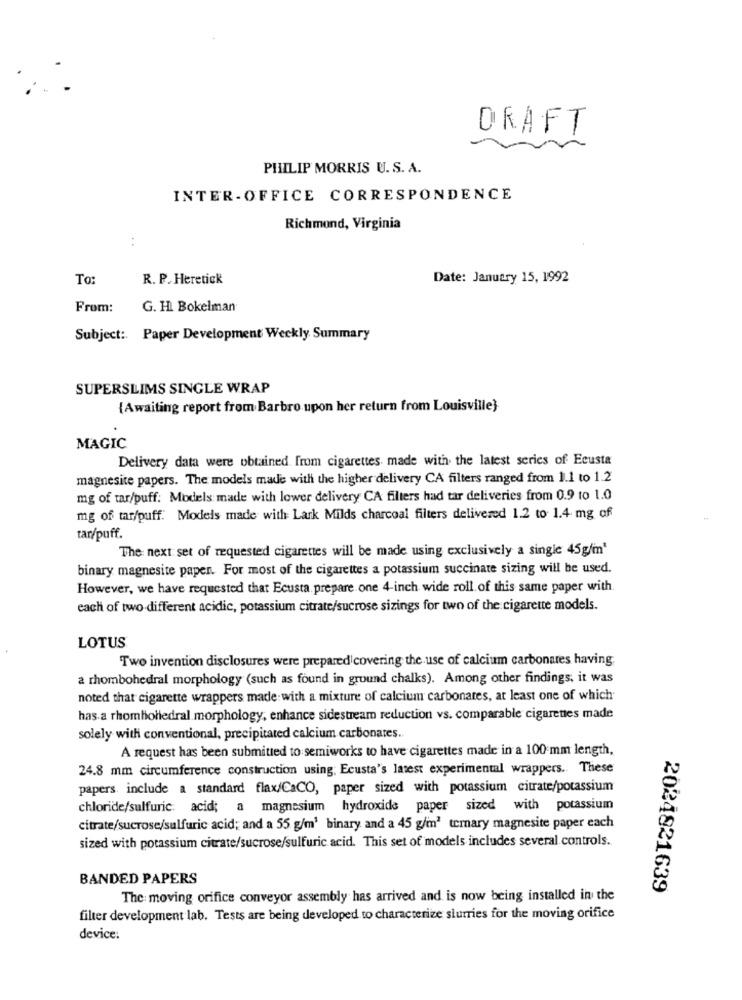
DRAFT
PHILIP MORRIS U. S. A.
INTER- OFFICE CORRESPONDENCE
Richmond, Virginia
To:
R. P. Heretick
Date: January 15, 1992
From:
G. H. Bokelman
Subject :. Paper Development Weekly Summary
SUPERSLIMS SINGLE WRAP
{Awaiting report from Barbro upon her return from Louisville}
MAGIC
Delivery data were obtained from cigarettes made with the latest series of Ecusta
magnesite papers. The models made with the higher delivery CA filters ranged from 1.1 to 1.2
mg of tar/puff: Models made with lower delivery CA filters had tar deliveries from 0.9 to 1.0
mg of tar/puff. Models made with Lark Milds charcoal filters delivered 1.2 to 1.4 mg of
tar/puff.
The next set of requested cigarettes will be made using exclusively a single 45g/m'
binary magnesite paper. For most of the cigarettes a potassium succinate sizing will be used.
However, we have requested that Ecusta. prepare one 4-inch wide roll of this same paper with.
each of two different acidic, potassium citrate/sucrose sizings for two of the cigarette models.
LOTUS
Two invention disclosures were prepared covering the use of calcium carbonates having
a rhombohedral morphology (such as found in ground chalks). Among other findings, it was
noted that cigarette wrappers made with a mixture of calcium carbonates, at least one of which
has a rhombohedral morphology, enhance sidestream reduction vs. comparable cigarettes made
solely with conventional, precipitated calcium carbonates.
A request has been submitted to semiworks to have cigarettes made in a 100 mm length,
24.8 mm circumference construction using; Ecusta's latest experimental wrappers. These
papers include a standard flax/CaCO, paper sized with potassium citrate/potassium
chloride/sulfuric: acid; a magnesium hydroxide paper sized with potassium
citrate/sucrose/sulfuric acid; and a 55 g/m3 binary and a 45 g/m2 ternary magnesite paper each
sized with potassium citrate/sucrose/sulfuric acid. This set of models includes several controls.
BANDED PAPERS
2024821639
The moving orifice conveyor assembly has arrived and is now being installed in the
filter development lab. Tests are being developed to characterize slurries for the moving orifice
device: